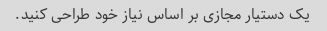
یک دستیار مجازی بر اساس نیاز خود طراحی کنید.